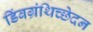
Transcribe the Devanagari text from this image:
डिंबग्रंथिच्छेदन